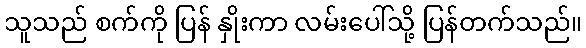
သူသည် စက်ကို ပြန် နှိုးကာ လမ်းပေါ်သို့ ပြန်တက်သည်။